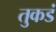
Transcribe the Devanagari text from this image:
तुकडं